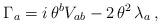
LaTeX: \begin{align*}\Gamma_a = i \, \theta^b V_{ab} - 2 \, \theta^2 \, \lambda_a \, ,\end{align*}